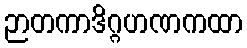
ဉာတကာဒိဂ္ဂဟဏကထာ